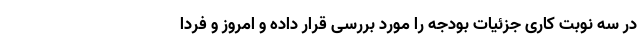
در سه نوبت کاری جزئیات بودجه را مورد بررسی قرار داده و امروز و فردا